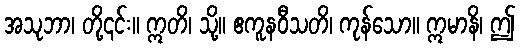
အသုဘာ၊ တို့၎င်း။ ဣတိ၊ သို့။ ဧကူနဝီသတိ၊ ကုန်သော။ ဣမာနိ၊ ဤ